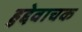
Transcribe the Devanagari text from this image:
हुद्देवाचक